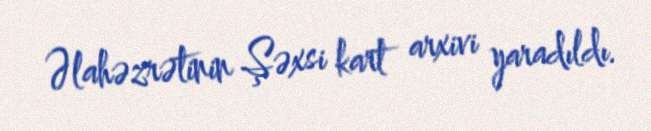
Əlahəzrətinin Şəxsi kart arxivi yaradıldı.